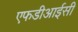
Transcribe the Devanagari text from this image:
एफडीआईसी